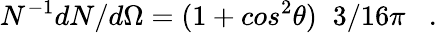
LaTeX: N^{-1}dN/d\Omega=(1+cos^{2}\theta)\; \; 3/16\pi\; \; \; .